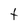
Character: t